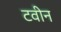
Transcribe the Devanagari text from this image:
टवीन